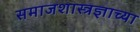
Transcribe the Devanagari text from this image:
समाजशास्त्रज्ञाच्या